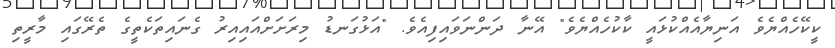
ކީކޭހެއްޔެވެ އަނިޔާއެއްކުޅައީ ކާކުހެއްޔެވެ" އޭނާ ދަންނަވައިފިއެވެ. "އަޅުގަނޑު މިރަށަށްއައިއިރު ގެނައިތަކެތީގެ ތެރޭގައި މާރީތި